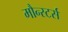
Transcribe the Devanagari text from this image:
मौन्स्टर्स